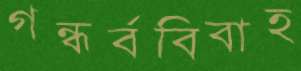
গন্ধর্ববিবাহ